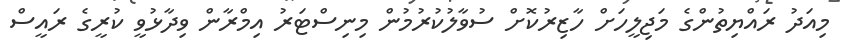
މިއަދު ރައްޔިތުންގެ މަޖިލީހަށް ހާޒިރުކޮށް ސުވާލުކުރުމުން މިނިސްޓަރު އިމްރާން ވިދާޅުވީ ކުރީގެ ރައީސް